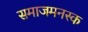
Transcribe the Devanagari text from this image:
समाजमनस्क